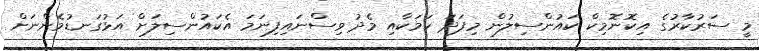
މީ ސަރުކާރުގެ އިކޮނޮމިކް ކައުންސިލުން މިފަދަ ކަމަކާއި މެދު ވިސްނައިފިނަމަ އެކައުންސިލަށް އަޅުގަނޑުމެންނަށް